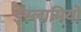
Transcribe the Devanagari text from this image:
इस्लामियों